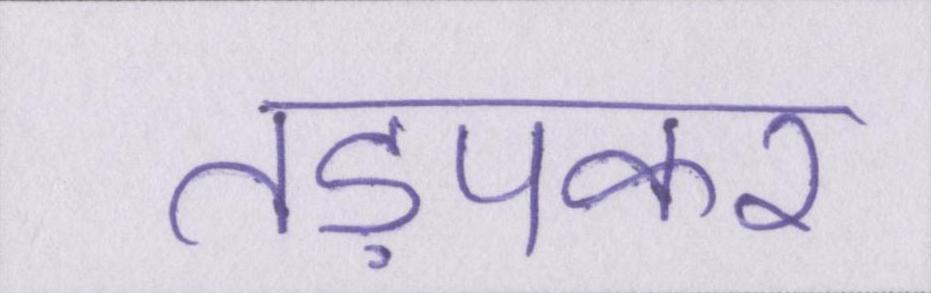
तड़पकर